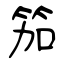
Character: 笳